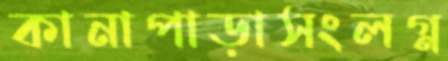
কানাপাড়াসংলগ্ন